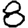
Digit: 8